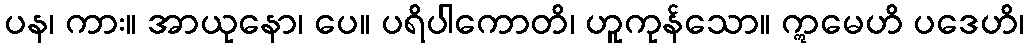
ပန၊ ကား။ အာယုနော၊ ပေ။ ပရိပါကောတိ၊ ဟူကုန်သော။ ဣမေဟိ ပဒေဟိ၊